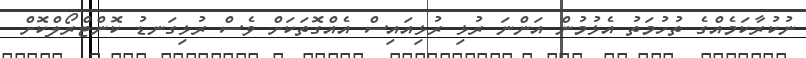
ނުކުރާކަމެއްގެ ތުހުމަތު އެޅުމުން އަންނަ ރުޅި ރުޅިއައިސް އެެއްގޮތަކަށް ވެސް ރުޅިގަނޑު ކޮންޓްރޯލްކޮށް